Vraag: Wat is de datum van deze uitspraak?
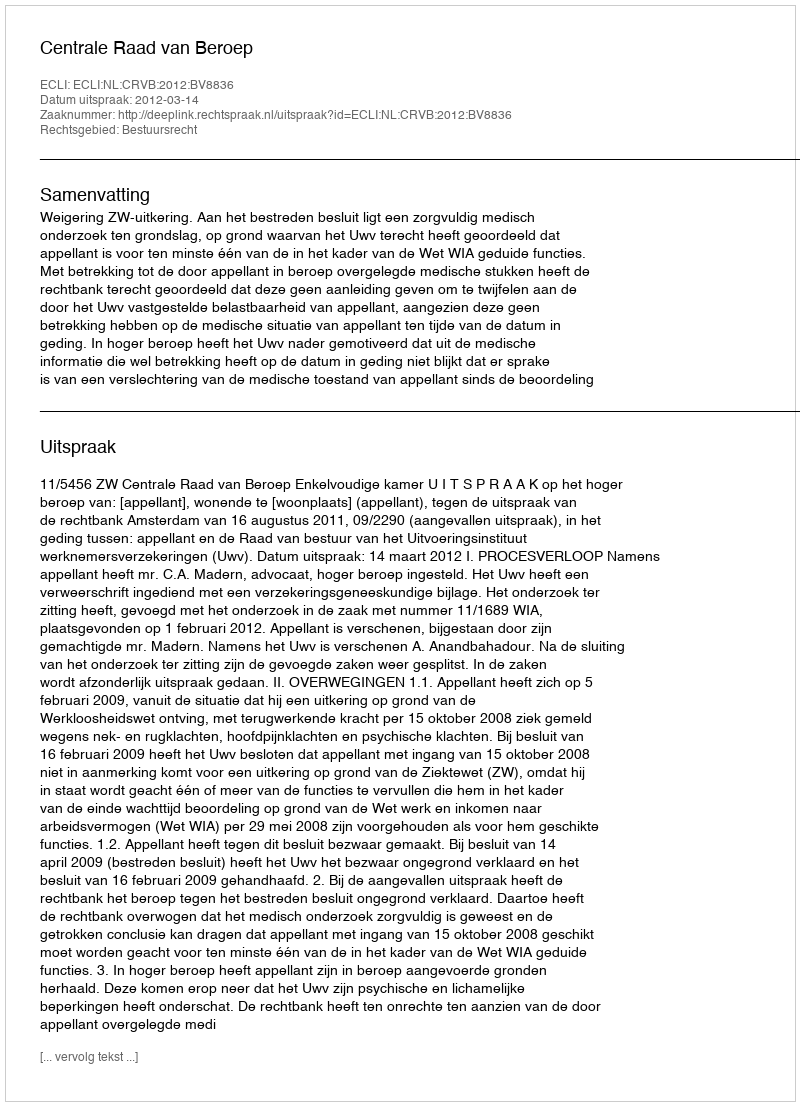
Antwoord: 2012-03-14